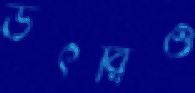
উৎরিও